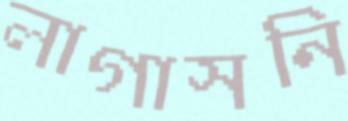
লাগাসনি